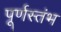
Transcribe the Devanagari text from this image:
पूर्णस्तंभ